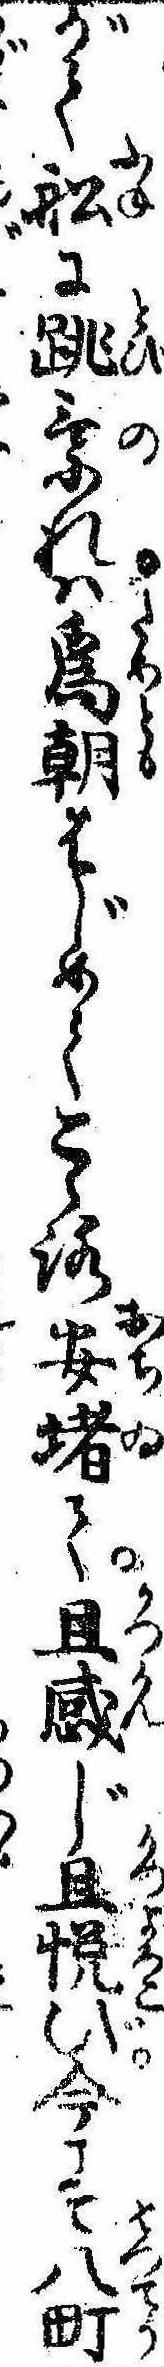
がて船に跳乗れは為朝はじめてこゝろ安堵て且感じ且悦び今こそ八町